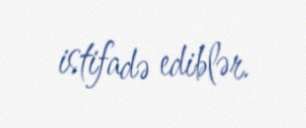
istifadə ediblər.